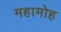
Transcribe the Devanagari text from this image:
महामोह